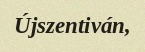
Újszentiván,